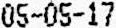
05-05-17